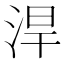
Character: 𣵡